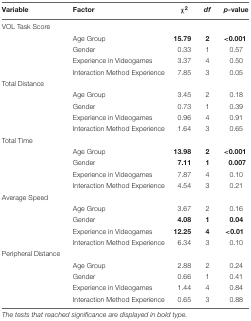
<table><thead><tr><td><b>Variable</b></td><td><b>Factor</b></td><td><b>χ<sup>2</sup></b></td><td><b><i>df</i></b></td><td><b><i>p</i>-value</b></td></tr></thead><tbody><tr><td>VOL Task Score</td><td></td><td></td><td></td><td></td></tr><tr><td></td><td>Age Group</td><td><b>15.79</b></td><td><b>2</b></td><td><b>&lt;0.001</b></td></tr><tr><td></td><td>Gender</td><td>0.33</td><td>1</td><td>0.57</td></tr><tr><td></td><td>Experience in Videogames</td><td>3.37</td><td>4</td><td>0.50</td></tr><tr><td></td><td>Interaction Method Experience</td><td>7.85</td><td>3</td><td>0.05</td></tr><tr><td>Total Distance</td><td></td><td></td><td></td><td></td></tr><tr><td></td><td>Age Group</td><td>3.45</td><td>2</td><td>0.18</td></tr><tr><td></td><td>Gender</td><td>0.73</td><td>1</td><td>0.39</td></tr><tr><td></td><td>Experience in Videogames</td><td>0.96</td><td>4</td><td>0.91</td></tr><tr><td></td><td>Interaction Method Experience</td><td>1.64</td><td>3</td><td>0.65</td></tr><tr><td>Total Time</td><td></td><td></td><td></td><td></td></tr><tr><td></td><td>Age Group</td><td><b>13.98</b></td><td><b>2</b></td><td><b>&lt;0.001</b></td></tr><tr><td></td><td>Gender</td><td><b>7.11</b></td><td><b>1</b></td><td><b>0.007</b></td></tr><tr><td></td><td>Experience in Videogames</td><td>7.87</td><td>4</td><td>0.10</td></tr><tr><td></td><td>Interaction Method Experience</td><td>4.54</td><td>3</td><td>0.21</td></tr><tr><td>Average Speed</td><td></td><td></td><td></td><td></td></tr><tr><td></td><td>Age Group</td><td>3.67</td><td>2</td><td>0.16</td></tr><tr><td></td><td>Gender</td><td><b>4.08</b></td><td><b>1</b></td><td><b>0.04</b></td></tr><tr><td></td><td>Experience in Videogames</td><td><b>12.25</b></td><td><b>4</b></td><td><b>&lt;0.01</b></td></tr><tr><td></td><td>Interaction Method Experience</td><td>6.34</td><td>3</td><td>0.10</td></tr><tr><td>Peripheral Distance</td><td></td><td></td><td></td><td></td></tr><tr><td></td><td>Age Group</td><td>2.88</td><td>2</td><td>0.24</td></tr><tr><td></td><td>Gender</td><td>0.66</td><td>1</td><td>0.41</td></tr><tr><td></td><td>Experience in Videogames</td><td>1.44</td><td>4</td><td>0.84</td></tr><tr><td></td><td>Interaction Method Experience</td><td>0.65</td><td>3</td><td>0.88</td></tr></tbody></table>